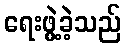
ရေးဖွဲ့ခဲ့သည်